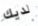
لديك